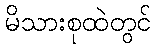
မိသားစုထဲတွင်